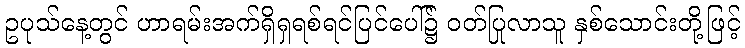
ဥပုသ်နေ့တွင် ဟာရမ်းအက်ရှိရှရစ်ရင်ပြင်ပေါ်၌ ဝတ်ပြုလာသူ နှစ်သောင်းတို့ဖြင့်